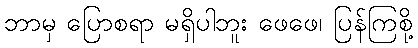
ဘာမှ ပြောစရာ မရှိပါဘူး ဖေဖေ၊ ပြန်ကြစို့